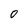
Character: O